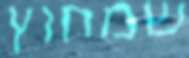
שמחוץ